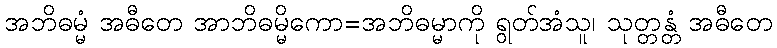
အဘိဓမ္မံ အဓီတေ အာဘိဓမ္မိကော=အဘိဓမ္မာကို ရွတ်အံသူ၊ သုတ္တန္တံ အဓီတေ